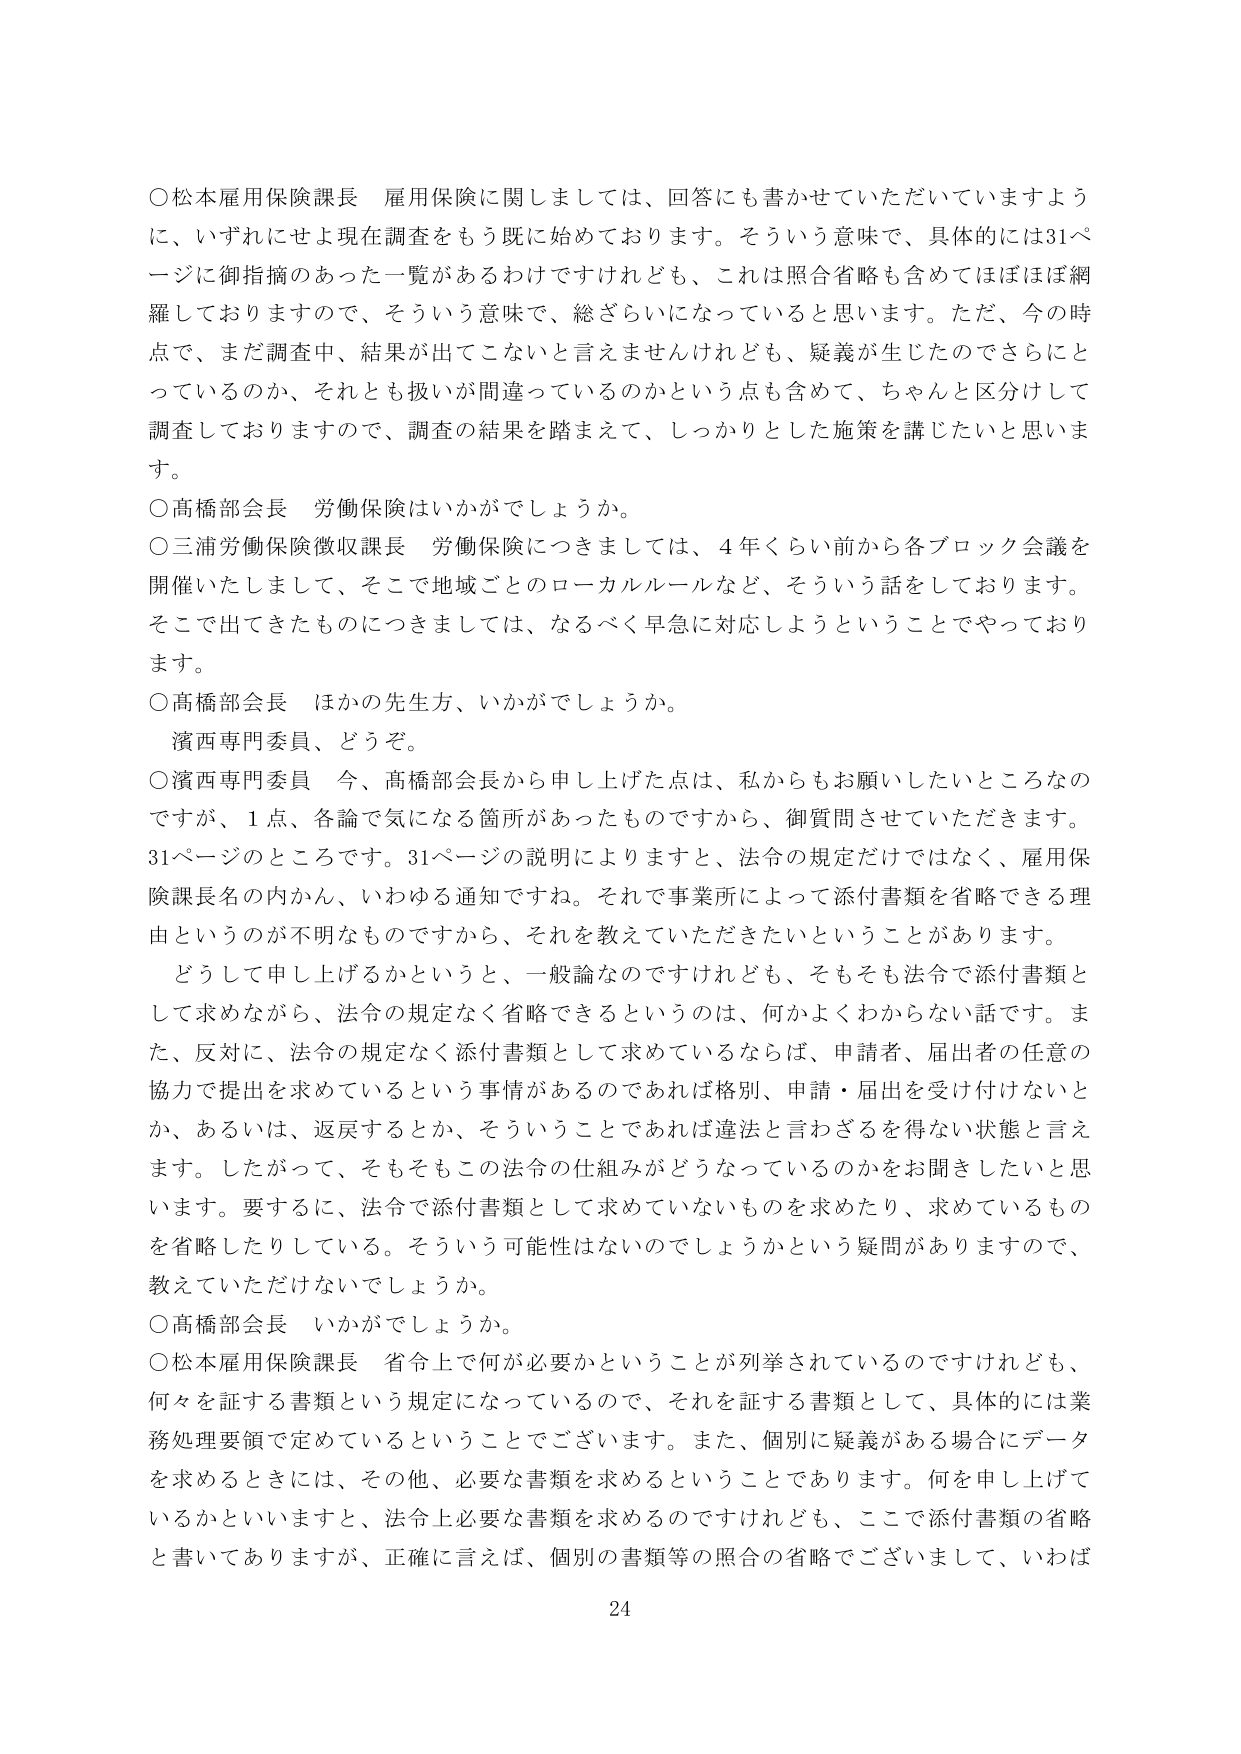
○松本雇用保険課長 雇用保険に関しましては、回答にも書かせていただいていますように、いずれにせよ現在調査をもう既に始めております。そういう意味で、具体的には31ページに御指摘のあった一覧があるわけですが、これは照合省略も含めてほぼほぼ網羅しておりますので、そういう意味で、総ざらいになっていると思います。ただ、今の時点で、まだ調査中、結果が出てこないと言えませんけれども、疑義が生じたのでさらにとっているのか、それとも扱いが間違っているのかという点も含めて、ちゃんと区別して調査しておりますので、調査の結果を踏まえて、しっかりとした施策を講じたいと思います。

○高橋部会長 労働保険はいかがでしょうか。

○三浦労働保険徴収課長 労働保険につきましては、4年くらい前から各ブロック会議を開催いたしまして、そこで地域ごとのローカルルールなど、そういう話をしております。そこで出てきたものにつきましては、なるべく早急に対応しようということでやっております。

○高橋部会長 ほかの先生方、いかがでしょうか。
　濱西専門委員、どうぞ。

○濱西専門委員 今、高橋部会長から申し上げた点は、私からもお願いしたいところなのですが、1点、各論で気になる箇所があったものですから、御質問させていただきます。31ページのところです。31ページの説明によりますと、法令の規定だけではなく、雇用保険課長名の内かん、いわゆる通知ですね。それで事業所によって添付書類を省略できる理由というのが不明なものですから、それを教えていただきたいということがあります。

　どうして申し上げるかというと、一般論なのですが、そもそも法令で添付書類として求めながら、法令の規定なく省略できるというのは、何かよくわからない話です。また、反対に、法令の規定なく添付書類として求めているならば、申請者、届出者の任意の協力で提出を求めているという事情があるのであれば格別、申請・届出を受け付けないとか、あるいは、返戻するとか、そういうことであれば違法と言わざるを得ない状態と言えます。したがって、そもそもこの法令の仕組みがどうなっているのかをお聞きしたいと思います。要するに、法令で添付書類として求めていないものを求めたり、求めているものを省略したりしている。そういう可能性はないのでしょうかという疑問がありますので、教えていただけないでしょうか。

○高橋部会長 いかがでしょうか。

○松本雇用保険課長 省令上で何が必要かということが列挙されているのですけれども、何々を証する書類という規定になっているので、それを証する書類として、具体的には業務処理要領で定めているということでございます。また、個別に疑義がある場合にデータを求めるときには、その他、必要な書類を求めるということでありります。何を申し上げているかといいますと、法令上必要な書類を求めるのですけれども、ここで添付書類の省略と書いてありますが、正確に言えば、個別の書類等の照合の省略でございまして、いわば

24